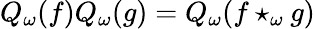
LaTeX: Q_{\omega}(f)Q_{\omega}(g)=Q_{\omega}(f\star_{\omega}g)